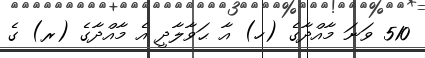
510 ވަނަ މާއްދާގެ (ހ) އާ ޙަވާލާދީ އެ މާއްދާގެ (ރ) ގެ